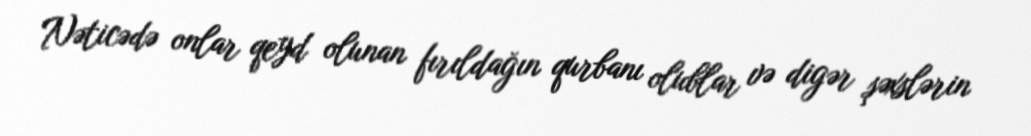
Nəticədə onlar qeyd olunan fırıldağın qurbanı olublar və digər şəxslərin